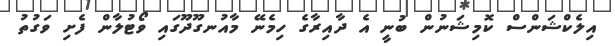
އިލެކްޝަންސް ކޮމިޝަނުން ބުނީ އެ ދާއިރާގެ ހިމެނޭ މާއުނގޫދޫގައި ވޯޓުލާން ފެށި ވަގުތު